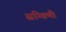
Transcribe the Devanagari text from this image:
स्रग्विणी